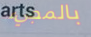
بالمجيء